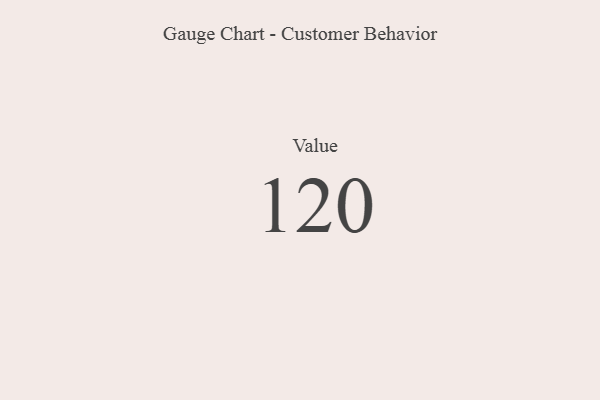
{"axis": {"x": "Metric", "y": "Value"}, "legend": [""], "data": [{"x": "Value", "y": 120, "type": ""}]}